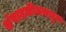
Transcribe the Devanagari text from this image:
संपादकीयमधून